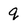
Character: q